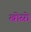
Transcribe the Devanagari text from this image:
खोस्रो